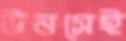
উনসেই